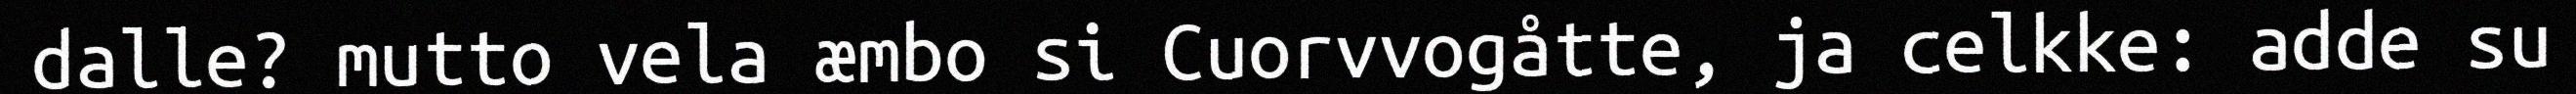
dalle? mutto vela æmbo si Cuorvvogåtte, ja celkke: adde su